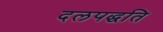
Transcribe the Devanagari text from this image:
दलपद्धति